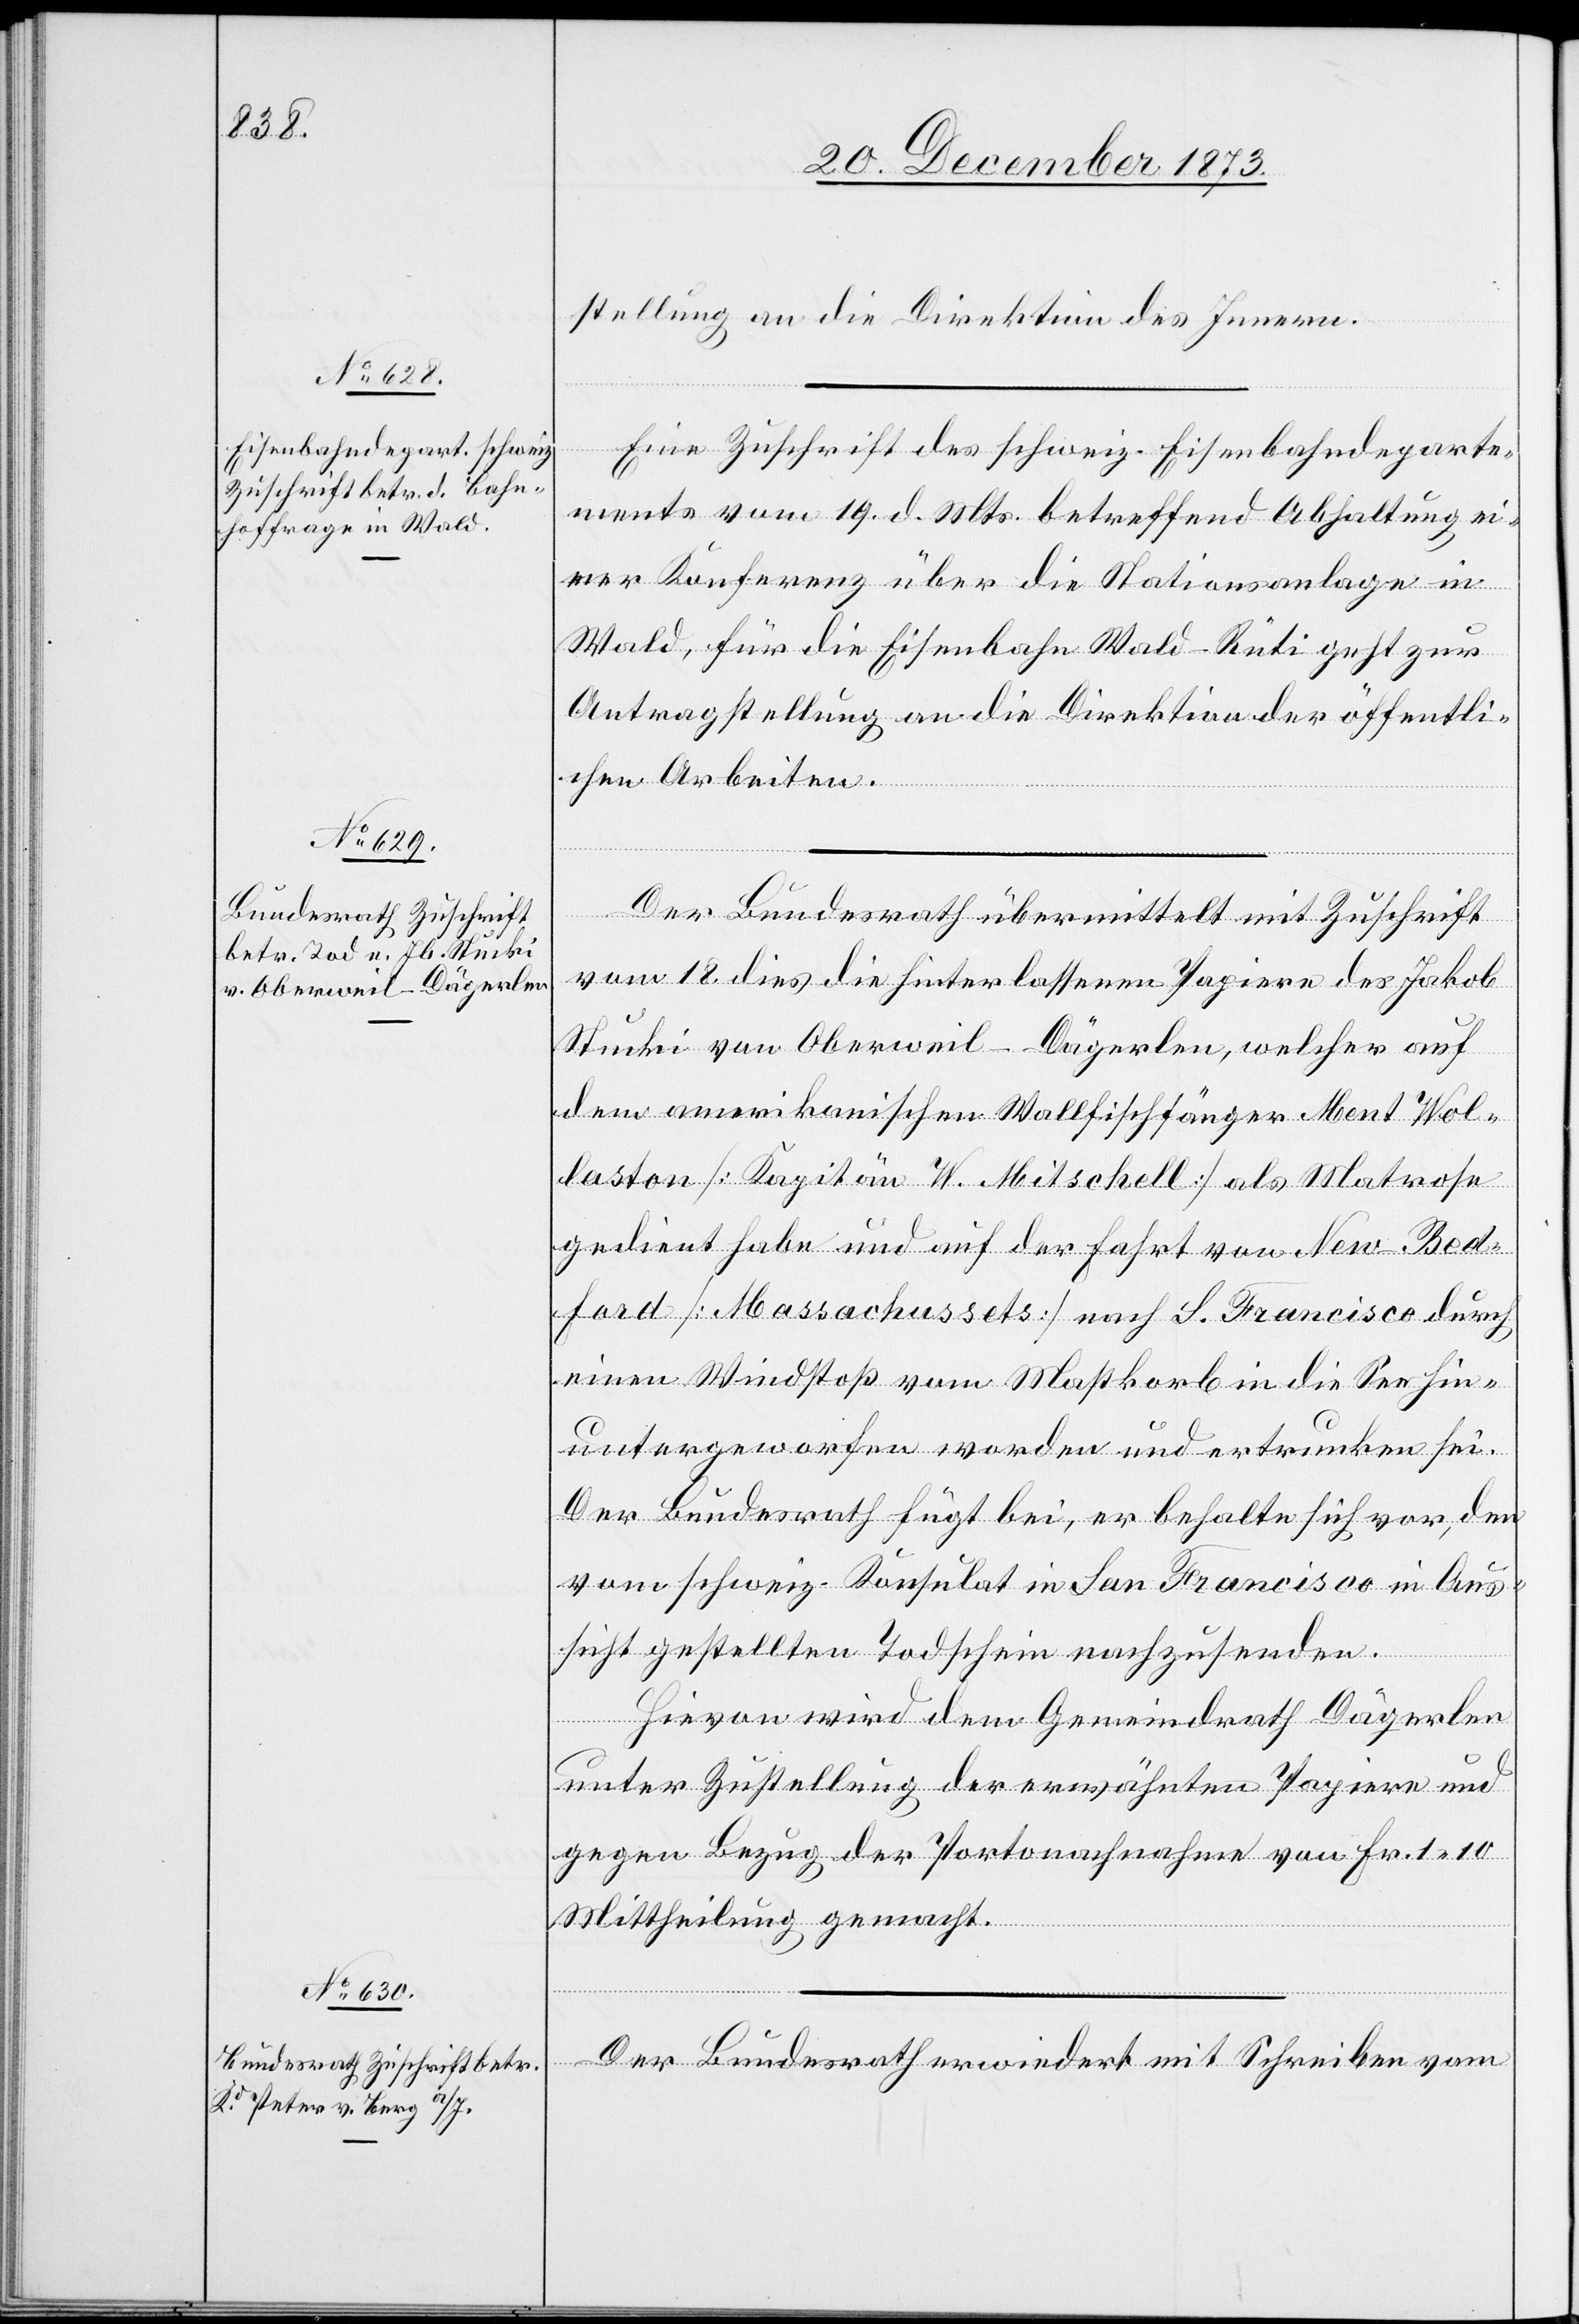
22. December 1873.]
stellung an die Direktion des Innern.
Eine Zuschrift des schweiz. Eisenbahndeparte¬
ments vom 19. d. Mts. betreffend Abhaltung ei¬
ner Konferenz über die Stationsanlage in
Wald, für die Eisenbahn Wald–Rüti geht zur
Antragstellung an die Direktion der öffentli¬
chen Arbeiten.
Der Bundesrath übermittelt mit Zuschrift
vom 18. dies die hinterlassenen Papiere des Jakob
Stucki von Oberweil - Dägerlen, welcher auf
dem amerikanischen Wallfischfänger Ment Wol¬
laston [Kapitän W. Mitschell] als Matrose
gedient habe und auf der Fahrt von New-Bed¬
ford [Massachussets] nach S. Francisco durch
einen Windstoß vom Mastkorb in die See hin¬
untergeworfen worden und ertrunken sei.
Der Bundesrath fügt bei, er behalte sich vor, den
vom schweiz. Konsulat in San Francisco in Aus¬
sicht gestellten Todschein nachzusenden.
Hievon wird dem Gemeindrath Dägerlen
unter Zustellung der erwähnten Papiere und
gegen Bezug der Portonachnahme von Fr. 1 10
Mittheilung gemacht.
Der Bundesrath erwiedert mit Schreiben vom